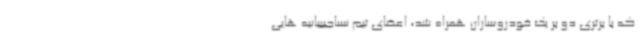
که با برتری دو بر یک خودروسازان همراه شد، اعضای تیم نساجیبیانیه هایی